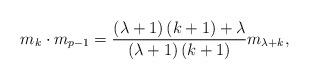
LaTeX: \begin{align*}m_{k}\cdot m_{p-1}=\frac{\left( \lambda +1\right) \left( k+1\right) +\lambda}{\left( \lambda +1\right) \left( k+1\right) }m_{\lambda+k },\end{align*}